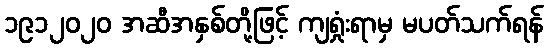
၁၉၁၂၀၂၀ အဆီအနှစ်တို့ဖြင့် ကျရှုံးရာမှ မပတ်သက်ရန်